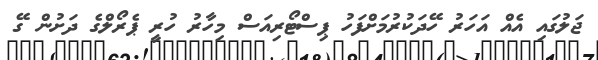
ޖަލުގައި އެއް އަހަރު ހޭދަކުރުމަށްފަހު ޕިސްޓޯރިއަސް މިހާރު ހުރީ ޕެރޯލްގެ ދަށުން ގޭ